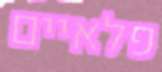
פלאיים